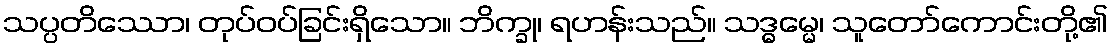
သပ္ပတိဿော၊ တုပ်ဝပ်ခြင်းရှိသော။ ဘိက္ခု၊ ရဟန်းသည်။ သဒ္ဓမ္မေ၊ သူတော်ကောင်းတို့၏